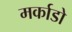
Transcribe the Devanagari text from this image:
मर्काडो